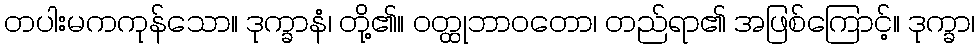
တပါးမကကုန်သော။ ဒုက္ခာနံ၊ တို့၏။ ဝတ္ထုဘာဝတော၊ တည်ရာ၏ အဖြစ်ကြောင့်။ ဒုက္ခာ၊